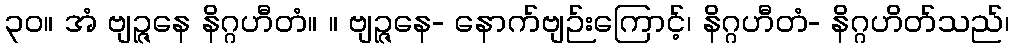
၃၀။ အံ ဗျဉ္ဇနေ နိဂ္ဂဟီတံ။ ။ ဗျဉ္ဇနေ- နောက်ဗျဉ်းကြောင့်၊ နိဂ္ဂဟီတံ- နိဂ္ဂဟိတ်သည်၊